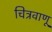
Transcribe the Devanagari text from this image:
चित्रवाणू